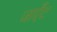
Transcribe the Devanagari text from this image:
जाएँट